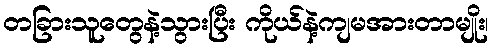
တခြားသူတွေနဲ့သွားပြီး ကိုယ်နဲ့ကျမအားတာမျိုး၊